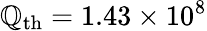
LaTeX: \mathbb{Q}_{\mathrm{{th}}}=1.43\times10^{8}